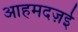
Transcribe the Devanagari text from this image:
आहमदज़ई